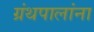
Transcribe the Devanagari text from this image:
ग्रंथपालांना